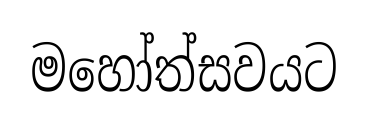
මහෝත්සවයට